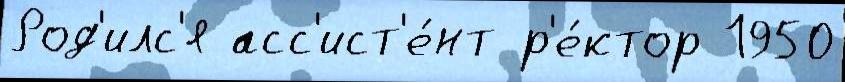
Род'илс'я асс'ист'е́нт р'е́ктор 1950